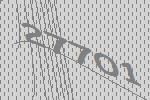
27701